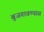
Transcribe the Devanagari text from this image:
बुजगावण्यास